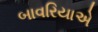
બાવરિયાએ